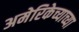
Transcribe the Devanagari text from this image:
अमेरिकेच्याच्या